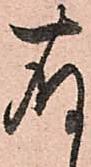
存